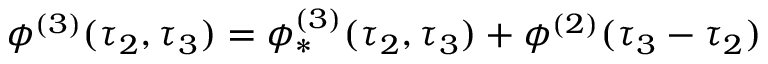
\phi ^ { ( 3 ) } ( \tau _ { 2 } , \tau _ { 3 } ) = \phi _ { * } ^ { ( 3 ) } ( \tau _ { 2 } , \tau _ { 3 } ) + \phi ^ { ( 2 ) } ( \tau _ { 3 } - \tau _ { 2 } )